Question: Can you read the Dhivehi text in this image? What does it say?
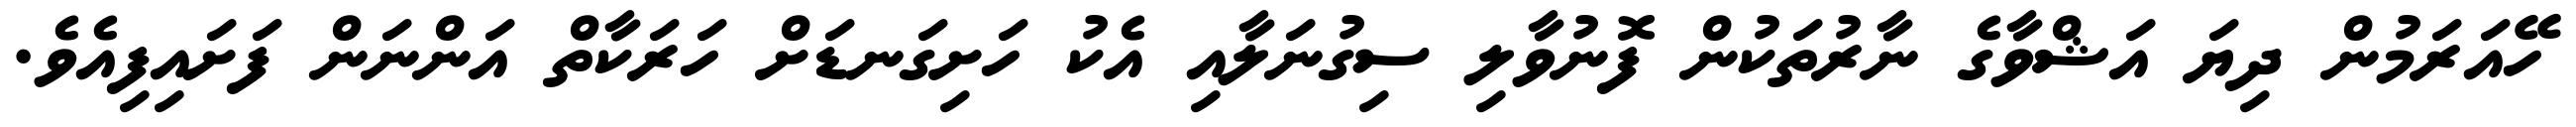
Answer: ހޭއަރަމުން ދިޔަ އަޝްވާގެ ނާރުތަކުން ފޮނުވާލި ސިގުނަލާއި އެކު ހަށިގަނޑަށް ހަރަކާތް އަންނަން ފަށައިފިއެވެ.